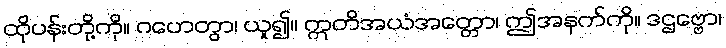
ထိုပန်းတို့ကို။ ဂဟေတွာ၊ ယူ၍။ ဣတိအယံအတ္တော၊ ဤအနက်ကို။ ဒဌဗ္ဗော၊